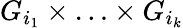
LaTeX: G_{i_{1}}\times\ldots\times G_{i_{k}}